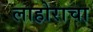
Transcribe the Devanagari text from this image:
लाहोराचा